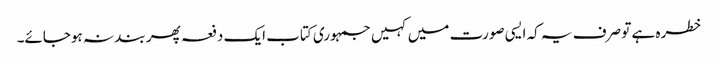
خطرہ ہے تو صرف یہ کہ ایسی صورت میں کہیں جمہوری کتاب ایک دفعہ پھر بند نہ ہوجائے۔